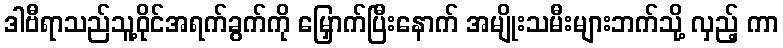
ဒါဗီရာသည်သူ့ဝိုင်အရက်ခွက်ကို မြှောက်ပြီးနောက် အမျိုးသမီးများဘက်သို့ လှည့် ကာ